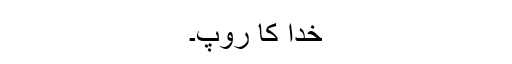
خدا کا روپ۔